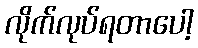
လိုက်လုပ်ရတာပေါ့